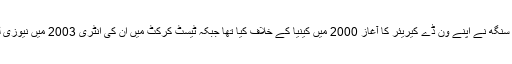
یاد رہے کہ 37 سالہ یووراج سنگھ نے اپنے ون ڈے کیریئر کا آغاز 2000 میں کینیا کے خلاف کیا تھا جبکہ ٹیسٹ کرکٹ میں ان کی انٹری 2003 میں نیوزی لینڈ کے خلاف میچ میں ہوئی۔